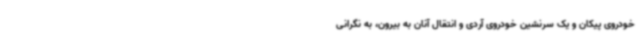
خودروی پیکان و یک سرنشین خودروی آردی و انتقال آنان به بیرون، به نگرانی